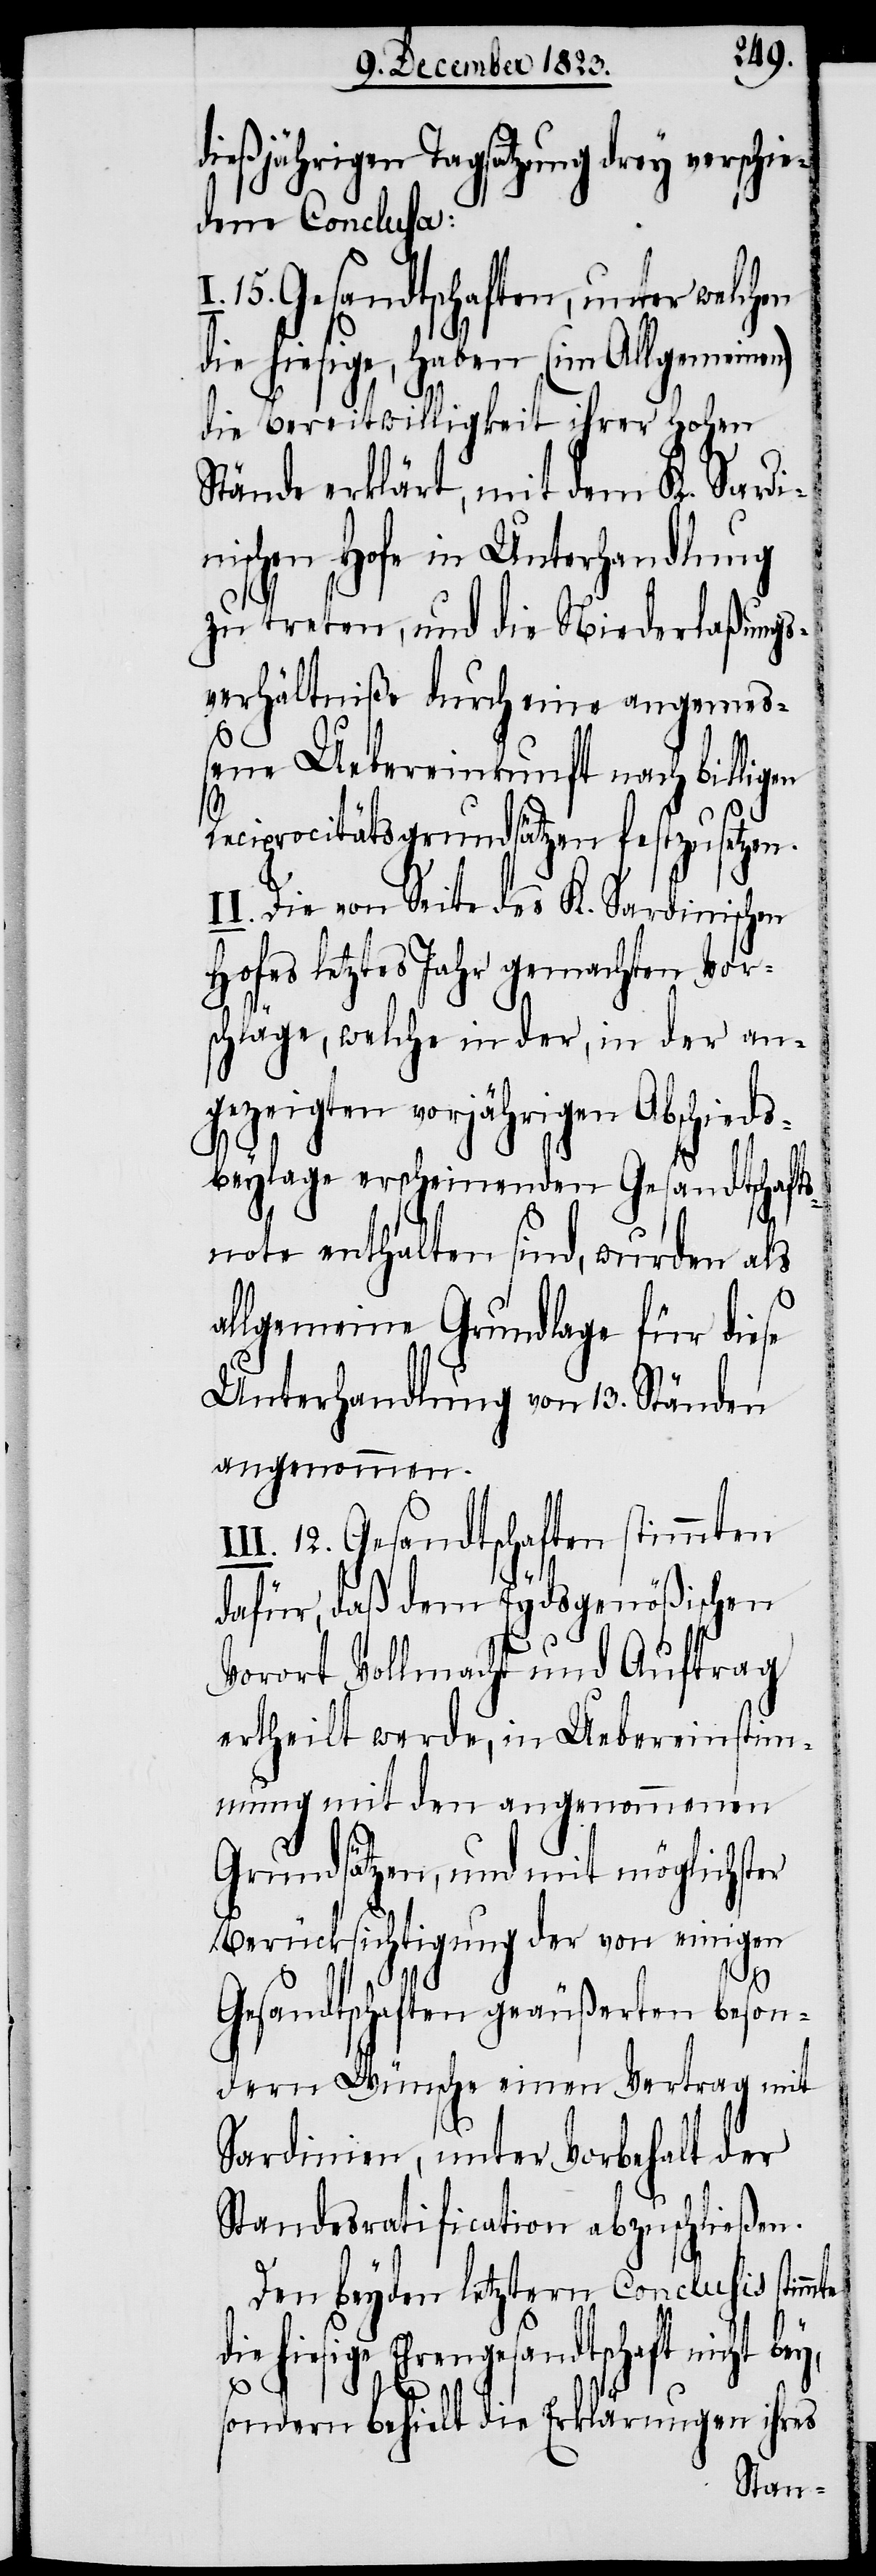
dießjährigen Tagsatzung drey verschie¬
dene Conclusa:
I. 15. Gesandtschaften, unter welchen
die hiesige, haben (im Allgemeinen)
die Bereitwilligkeit ihrer Hohen
Stände erklärt, mit dem K. Sardi¬
nischen Hofe in Unterhandlung
zu treten, und die Niederlaßungs¬
verhältniße durch eine angemeß¬
ene Uebereinkunft nach billigen
Reciprocitätsgrundsätzen festzusetzen.
II. Die von Seite des K. Sardinischen
Hofes letztes Jahr gemachten Vor¬
schläge, welche in der, in der an¬
gezeigten vorjährigen Abschieds¬
beylage erscheinenden Gesandtschafts¬
note enthalten sind, wurden als
allgemeine Grundlage für diese
Unterhandlung von 13. Ständen
angenommen.
12. Gesandtschaften stimmten
dafür, daß dem Eydsgenößischen
Vorort Vollmacht und Auftrag
ertheilt werde, in Uebereinstim¬
mung mit den angenommenen
Grundsätzen, und mit möglichster
Berücksichtigung der von einigen
Gesandtschaften geäußerten beson¬
dern Wünsche einen Vertrag mit
Sardinien, unter Vorbehalt der
Standesratification abzuschließen.
Den beyden letztern Conclusis stimm¬
die hiesige Ehrengesandtschaft nicht bey,
te
sondern behielt die Erklärungen ihres